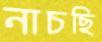
নাচছি